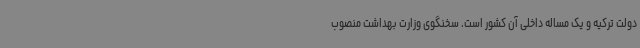
دولت ترکیه و یک مساله داخلی آن کشور است. سخنگوی وزارت بهداشت منصوب